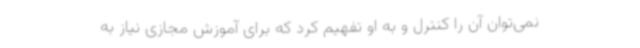
نمی‌توان آن را کنترل و به او تفهیم کرد که برای آموزش مجازی نیاز به